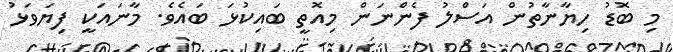
މި ބޮޑު ހިޔާނާތުން އަސްލު ފެންނަން މިއޮތީ ބައިކުޅަ ބައެވެ. މާނައަކީ ފިޔަވަޅު